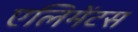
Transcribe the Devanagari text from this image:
एलिमेंटस